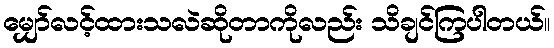
မျှော်လင့်ထားသလဲဆိုတာကိုလည်း သိချင်ကြပါတယ်။